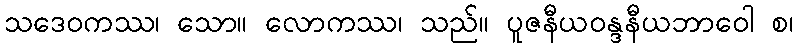
သဒေဝကဿ၊ သော။ လောကဿ၊ သည်။ ပူဇနီယဝန္ဒနီယဘာဝေါ စ၊